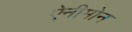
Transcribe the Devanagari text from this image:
ऐनीमोन